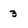
Character: 3